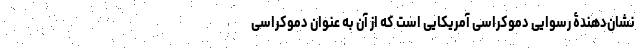
نشان‌دهندۀ رسوایی دموکراسی آمریکایی است که از آن به عنوان دموکراسی